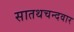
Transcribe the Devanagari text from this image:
सातथचन्दवार